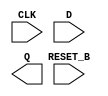
// This program was cloned from: https://github.com/efabless/clear
// License: Apache License 2.0

//Generated from netlist by SpyDrNet
//netlist name: FPGA88_SOFA_A
module sky130_fd_sc_hd__dfrtp_1
(
    CLK,
    D,
    RESET_B,
    Q
);

    input CLK;
    input D;
    input RESET_B;
    output Q;

    wire CLK;
    wire D;
    wire Q;
    wire RESET_B;

endmodule